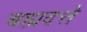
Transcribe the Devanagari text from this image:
बह्मदत्ते